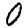
Digit: 0